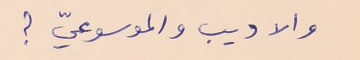
والاديب والموسوعيّ ؟